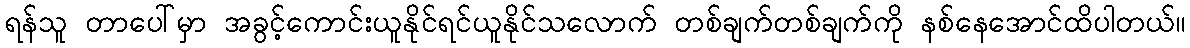
ရန်သူ တာပေါ်မှာ အခွင့်ကောင်းယူနိုင်ရင်ယူနိုင်သလောက် တစ်ချက်တစ်ချက်ကို နစ်နေအောင်ထိပါတယ်။